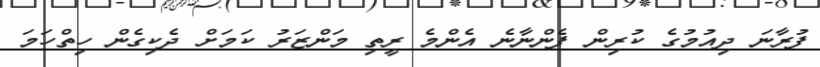
ފުރާނަ ދިއުމުގެ ކުރިން ފެންނާނެ އެންމެ ރީތި މަންޒަރު ކަމަށް ދެކިގެން ހިތްހަމަ